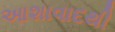
આશાવાદથી